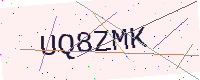
Text: UQ8ZMK